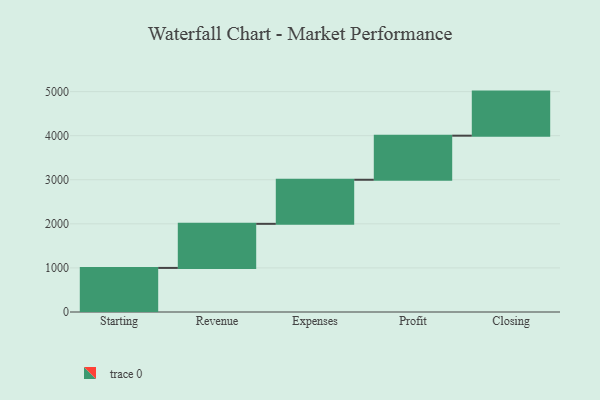
{"axis": {"x": "Step", "y": "Value"}, "legend": [""], "data": [{"x": "Starting", "y": 1000, "type": ""}, {"x": "Revenue", "y": 1000, "type": ""}, {"x": "Expenses", "y": 1000, "type": ""}, {"x": "Profit", "y": 1000, "type": ""}, {"x": "Closing", "y": 1000, "type": ""}]}